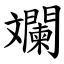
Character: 斕